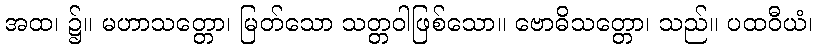
အထ၊ ၌။ မဟာသတ္တော၊ မြတ်သော သတ္တဝါဖြစ်သော။ ဗောဓိသတ္တော၊ သည်။ ပထဝီယံ၊